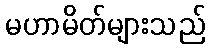
မဟာမိတ်များသည်